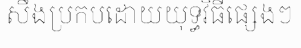
សឹងប្រកបដោយយុទ្ធវិធីផ្សេងៗ